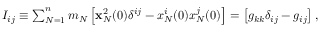
\begin{array} { r } { I _ { i j } \equiv \sum _ { N = 1 } ^ { n } m _ { N } \left[ { \bf x } _ { N } ^ { 2 } ( 0 ) \delta ^ { i j } - x _ { N } ^ { i } ( 0 ) x _ { N } ^ { j } ( 0 ) \right] = \left[ g _ { k k } \delta _ { i j } - g _ { i j } \right] , } \end{array}